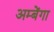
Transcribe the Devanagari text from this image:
अम्बेंगा